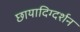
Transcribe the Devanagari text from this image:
छायादिग्दर्शन